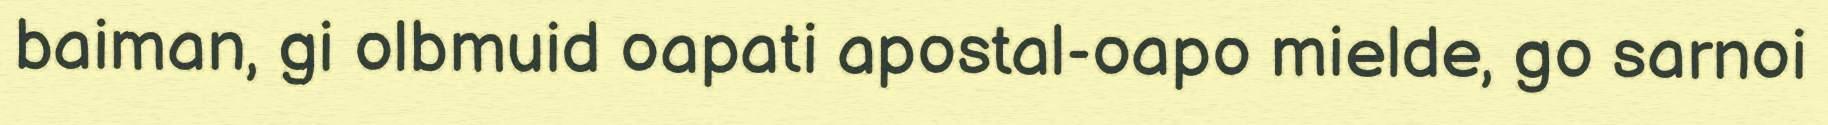
baiman, gi olbmuid oapati apostal-oapo mielde, go sarnoi